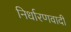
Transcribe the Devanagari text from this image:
निर्धारणवादी